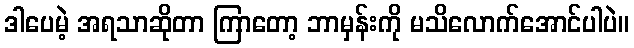
ဒါပေမဲ့ အရသာဆိုတာ ကြာတော့ ဘာမှန်းကို မသိလောက်အောင်ပါပဲ။